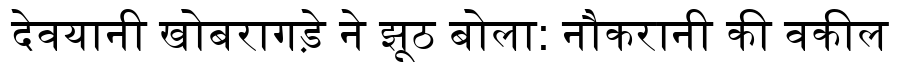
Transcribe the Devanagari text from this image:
देवयानी खोबरागड़े ने झूठ बोला: नौकरानी की वकील